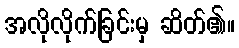
အလိုလိုက်ခြင်းမှ ဆိတ်၏။